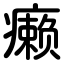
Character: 癞